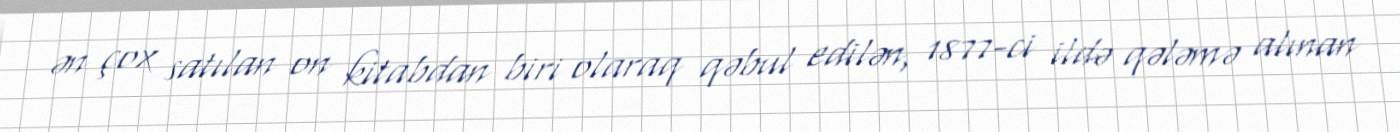
ən çox satılan on kitabdan biri olaraq qəbul edilən, 1877-ci ildə qələmə alınan